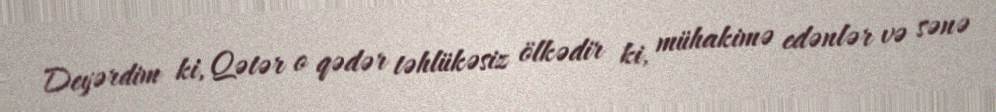
Deyərdim ki, Qətər o qədər təhlükəsiz ölkədir ki, mühakimə edənlər və sənə